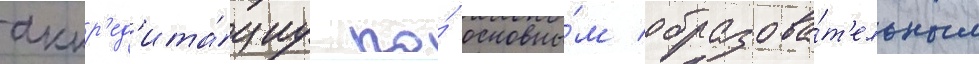
аккр'ед'ита́циу по́ основны́м образова́т'ельным